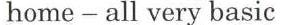
home - all very basic